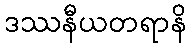
ဒဿနီယတရာနိ